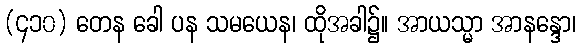
(၄၁၀) တေန ခေါ ပန သမယေန၊ ထိုအခါ၌။ အာယသ္မာ အာနန္ဒော၊